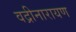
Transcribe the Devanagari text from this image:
वद्रीनारायण